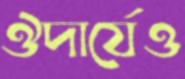
ঔদার্যেও